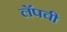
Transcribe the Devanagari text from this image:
लॅपची